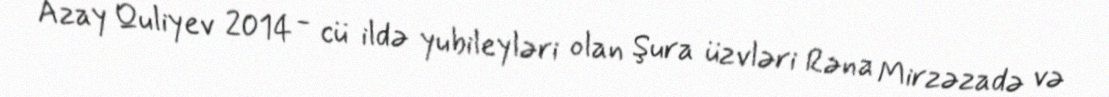
Azay Quliyev 2014 - cü ildə yubileyləri olan Şura üzvləri Rəna Mirzəzadə və